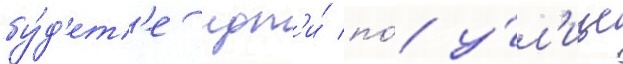
бу́д'ет'е идт'и́ по́ у́л'ице